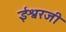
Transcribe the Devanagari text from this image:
ईश्वरजी